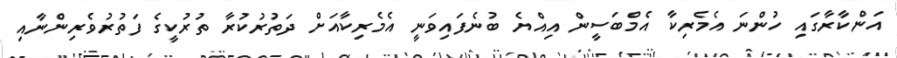
އަންކާރާގައި ހުންނަ އެމެރިކާ އެމްބަސީން އިއްޔެ ބުނެފައިވަނީ އެމެރިކާއަށް ދަތުރުކުރާ ތުރުކީގެ ފަތުރުވެރިންނާއި